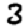
Digit: 3